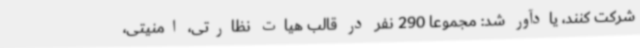
شرکت کنند، یادآور شد: مجموعا 290 نفر در قالب هیات نظارتی، امنیتی‌،